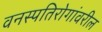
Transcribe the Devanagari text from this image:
वनस्पतिरोगांवरील